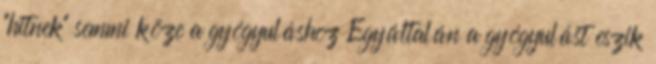
"hitnek" semmi köze a gyógyuláshoz Egyáltalán a gyógyulást eszik